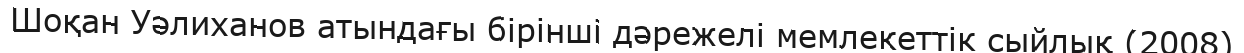
Шоқан Уәлиханов атындағы бірінші дәрежелі мемлекеттік сыйлық (2008)